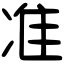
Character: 准